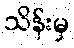
သိန်းမှ